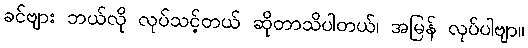
ခင်ဗျား ဘယ်လို လုပ်သင့်တယ် ဆိုတာသိပါတယ်၊ အမြန် လုပ်ပါဗျာ။